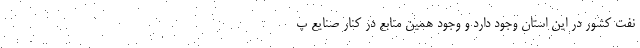
نفت کشور در این استان وجود دارد و وجود همین منابع در کنار صنایع پ